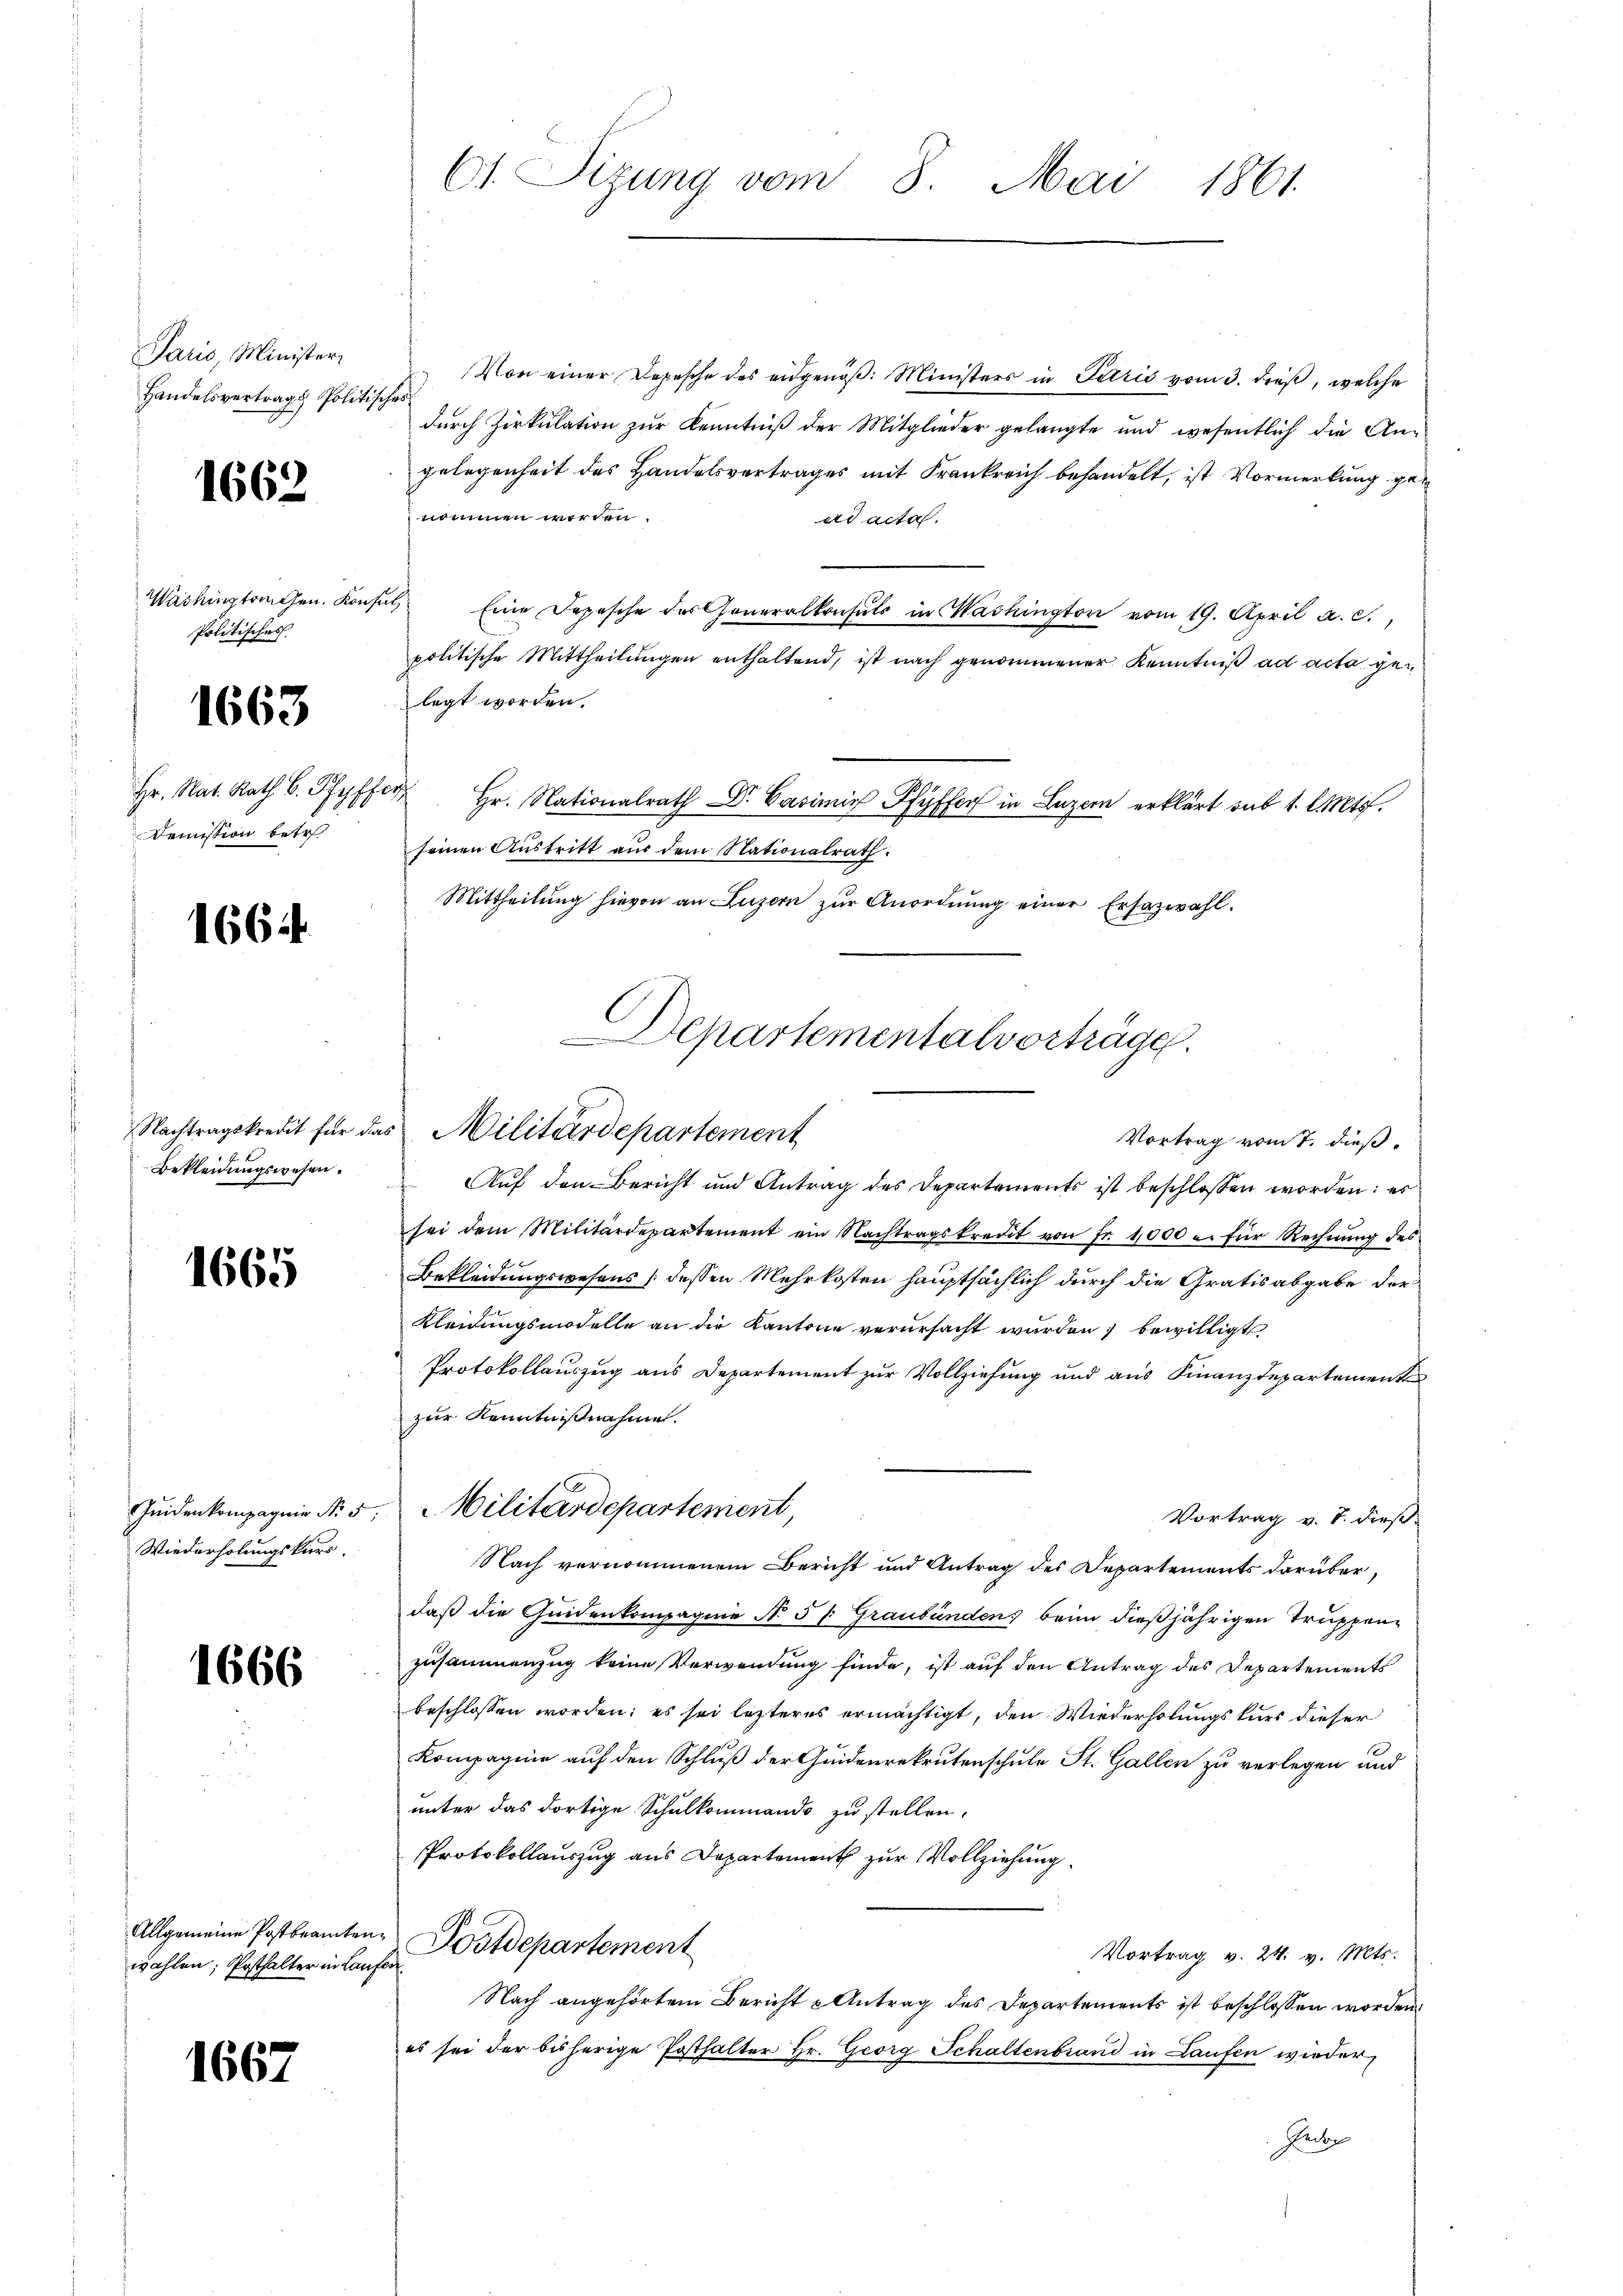
Paris, Minister
Handelsvertrage Politis

1662

Washingtonen. Kon
Politisches

1663

Hr. Nat. Rath C. Pfyff
Demission betr

166 f.

Nachtragskredit für die
Bekleidungswesen.

1665

Jeiden kompagnie Nr. 5
Wiederholungskurs.

1666

Allgemeine Postbeamten
wahlen; Posthalter in Lanz

1662

C1. Sizung vom 8. Mai 1861.

Von einer Depesche des eidgenöß: Ministers in Paris vom 3. dieß, welche
f
durch Zirkulation zur Kenntniß der Mitglieder gelangte und wesentlich die Angelegenheit des Handelsvertrages mit Frankreich behandelt, ist Vormerkung ge
nommen worden.
ad acta.
.
Eine Depesche des Generalkonsuls in Washington vom 19. April a. c.,
politische Mittheilungen enthaltend, ist nach genommener Kenntniß ad acta gelegt worden.
 Hr. Nationalrath Dr. Casimi Pfyffer in Luzern erklärt sub 1. l. Mts.
seinen Austritt aus dem Nationalrath:
Mittheilung hievon an Luzern zur Anordnung einer Ersazwahl.
Vortrag vom 7. dieß.
Auf den Bericht und Antrag des Departements ist beschlossen worden: es
sei dem Militärdepartement ein Nachtragskredit von fr. 1000 u. für Rechnŭng des
Bekleidungswesens (dessen Mehrkosten hauptsächlich durch die Gratisabgabe der
Kleidungsmodelle an die Kantone verursacht werden; bewilligt
Protokollauszug aus Departement zur Vollziehung und aus Finanzdepartement
zur Kenntnißnahme.
Militärdepartement,
Vortrag v. 7. dieß
Nach vernommenem Bericht und Antrag des Departements darüberdaß die Quidenkompagnie N. 5/. Graubünden) beim dießjährigen Truppenzusammenzug keine Verwendung finde, ist auf den Antrag des Departements
beschlossen worden; es sei lezteres ermächtigt, den Wiederholungskurs dieser
Kompagnie auf den Schluß der Guidenrekrutenschule St. Gallen zu verlegen und
unter das dortige Schulkommando zu stellen,
Protokollauszug aus Departement zur Vollziehung
Postdepartement
Vortrag v. 24. v. Mts.
Nach angehörtem Bericht Antrag des Departements ist beschlossen worden.
es sei der bisherige Posthalter Hr. Georg Schaltenbrand in Laufen wieder,
Redten

Departemental vorträge.
Militärdepartement